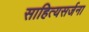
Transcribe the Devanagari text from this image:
साहित्यसर्जना